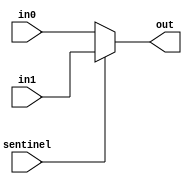
`timescale 1ns / 1ps

module Multiplexer32(
	input sentinel,
	input [31:0] in0,
	input [31:0] in1,
	output [31:0] out
	);
	
	assign out = sentinel ? in1 : in0;

endmodule